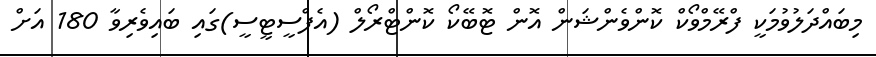
މިބައްދަލުވުމަކީ ފްރޭމްވޯކް ކޮންވެންޝަން އޮން ޓޮބޭކޯ ކޮންޓްރޯލް (އެފްސީޓީސީ)ގައި ބައިވެރިވާ 180 އަށް